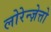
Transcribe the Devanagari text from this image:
लोरेन्ज़ेत्तो